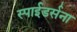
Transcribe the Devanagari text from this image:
स्पाईडर्सना